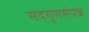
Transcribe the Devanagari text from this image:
सद्‌गुणसंपन्न